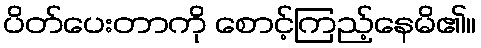
ပိတ်ပေးတာကို စောင့်ကြည့်နေမိ၏။